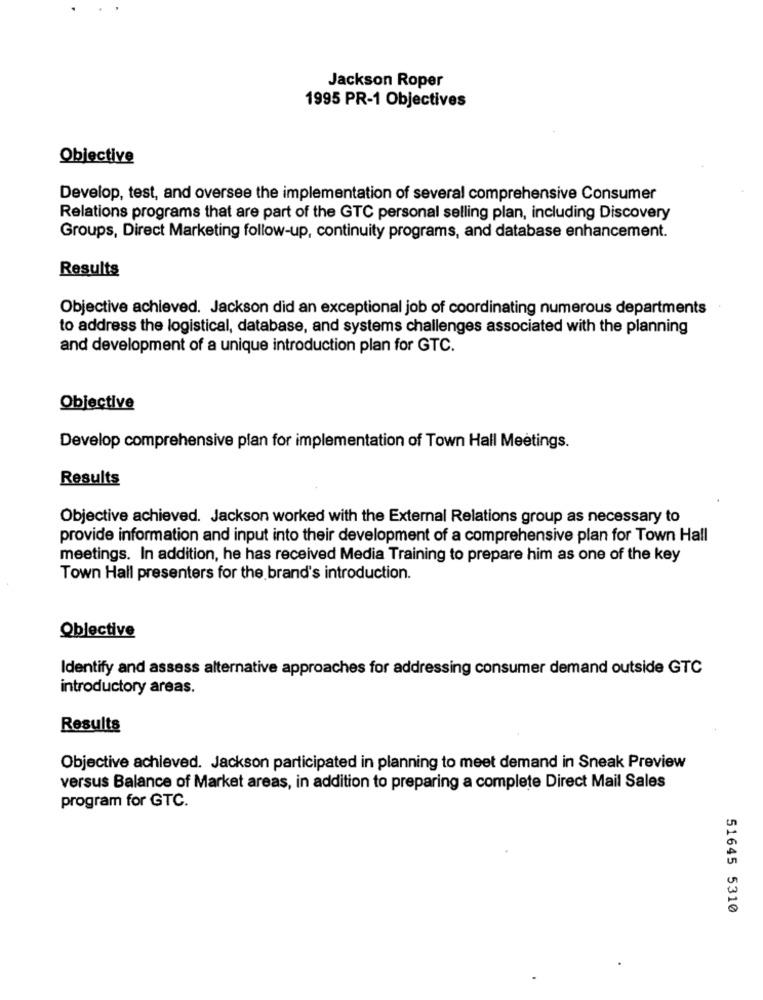
Jackson Roper
1995 PR-1 Objectives
Objective
Develop, test, and oversee the implementation of several comprehensive Consumer
Relations programs that are part of the GTC personal selling plan, including Discovery
Groups, Direct Marketing follow-up, continuity programs, and database enhancement.
Results
Objective achieved. Jackson did an exceptional job of coordinating numerous departments
to address the logistical, database, and systems challenges associated with the planning
and development of a unique introduction plan for GTC.
Objective
Develop comprehensive plan for implementation of Town Hall Meetings.
Results
Objective achieved. Jackson worked with the External Relations group as necessary to
provide information and input into their development of a comprehensive plan for Town Hall
meetings. In addition, he has received Media Training to prepare him as one of the key
Town Hall presenters for the brand's introduction.
Objective
Identify and assess alternative approaches for addressing consumer demand outside GTC
introductory areas.
Results
Objective achieved. Jackson participated in planning to meet demand in Sneak Preview
versus Balance of Market areas, in addition to preparing a complete Direct Mail Sales
program for GTC.
51645 5310